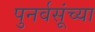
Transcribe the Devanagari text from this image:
पुनर्वसूंच्या